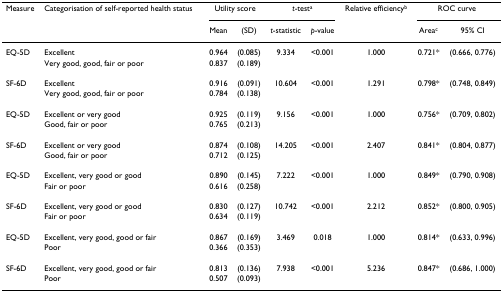
<table><thead><tr><td><b>Measure</b></td><td><b>Categorisation of self-reported health status</b></td><td colspan="2"><b>Utility score</b></td><td colspan="2"><b><i>t</i>-test<sup>a</sup></b></td><td><b>Relative efficiency<sup>b</sup></b></td><td colspan="2"><b>ROC curve</b></td></tr><tr><td></td><td></td><td><b>Mean</b></td><td><b>(SD)</b></td><td><b><i>t</i>-statistic</b></td><td><b><i>p</i>-value</b></td><td></td><td><b>Area<sup>c</sup></b></td><td><b>95% CI</b></td></tr></thead><tbody><tr><td>EQ-5D</td><td>Excellent</td><td>0.964</td><td>(0.085)</td><td>9.334</td><td>&lt;0.001</td><td>1.000</td><td>0.721*</td><td>(0.666, 0.776)</td></tr><tr><td></td><td>Very good, good, fair or poor</td><td>0.837</td><td>(0.189)</td><td></td><td></td><td></td><td></td><td></td></tr><tr><td>SF-6D</td><td>Excellent</td><td>0.916</td><td>(0.091)</td><td>10.604</td><td>&lt;0.001</td><td>1.291</td><td>0.798*</td><td>(0.748, 0.849)</td></tr><tr><td></td><td>Very good, good, fair or poor</td><td>0.784</td><td>(0.138)</td><td></td><td></td><td></td><td></td><td></td></tr><tr><td>EQ-5D</td><td>Excellent or very good</td><td>0.925</td><td>(0.119)</td><td>9.156</td><td>&lt;0.001</td><td>1.000</td><td>0.756*</td><td>(0.709, 0.802)</td></tr><tr><td></td><td>Good, fair or poor</td><td>0.765</td><td>(0.213)</td><td></td><td></td><td></td><td></td><td></td></tr><tr><td>SF-6D</td><td>Excellent or very good</td><td>0.874</td><td>(0.108)</td><td>14.205</td><td>&lt;0.001</td><td>2.407</td><td>0.841*</td><td>(0.804, 0.877)</td></tr><tr><td></td><td>Good, fair or poor</td><td>0.712</td><td>(0.125)</td><td></td><td></td><td></td><td></td><td></td></tr><tr><td>EQ-5D</td><td>Excellent, very good or good</td><td>0.890</td><td>(0.145)</td><td>7.222</td><td>&lt;0.001</td><td>1.000</td><td>0.849*</td><td>(0.790, 0.908)</td></tr><tr><td></td><td>Fair or poor</td><td>0.616</td><td>(0.258)</td><td></td><td></td><td></td><td></td><td></td></tr><tr><td>SF-6D</td><td>Excellent, very good or good</td><td>0.830</td><td>(0.127)</td><td>10.742</td><td>&lt;0.001</td><td>2.212</td><td>0.852*</td><td>(0.800, 0.905)</td></tr><tr><td></td><td>Fair or poor</td><td>0.634</td><td>(0.119)</td><td></td><td></td><td></td><td></td><td></td></tr><tr><td>EQ-5D</td><td>Excellent, very good, good or fair</td><td>0.867</td><td>(0.169)</td><td>3.469</td><td>0.018</td><td>1.000</td><td>0.814*</td><td>(0.633, 0.996)</td></tr><tr><td></td><td>Poor</td><td>0.366</td><td>(0.353)</td><td></td><td></td><td></td><td></td><td></td></tr><tr><td>SF-6D</td><td>Excellent, very good, good or fair</td><td>0.813</td><td>(0.136)</td><td>7.938</td><td>&lt;0.001</td><td>5.236</td><td>0.847*</td><td>(0.686, 1.000)</td></tr><tr><td></td><td>Poor</td><td>0.507</td><td>(0.093)</td><td></td><td></td><td></td><td></td><td></td></tr></tbody></table>